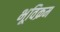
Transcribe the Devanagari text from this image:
भूविक्रम